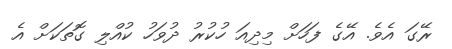
ރޭގަ އެވެ. އޭގެ ފަހަށް މިދިއަ ހުކުރު ދުވަހު ކުއްލި ގޮތަކަށް އެ